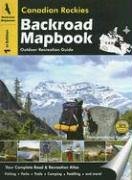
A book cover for Canadian Rockies Backroad Mapbook: Outdoor Recreation Guide; Trent Ernst; Travel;